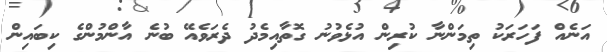
އަނެއް ފަހަރަކު ތިމަންނާ ކުރިން އުޅެވުނު ގޮތާއިމެދު ދެރަވެއޭ ބުނެ އާންމުންގެ ކިބައިން